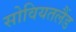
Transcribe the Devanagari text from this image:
सोवियतलैंड